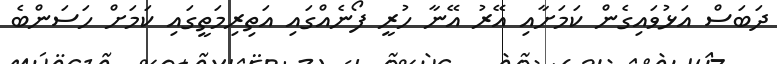
ދަބަސް އަޅުވައިގެން ކަމަށާއި އޭރު އޭނާ ހުރީ ފޯނެއްގައި އަތިރިމަތީގައި ކަމަށް ހަސަންބެ